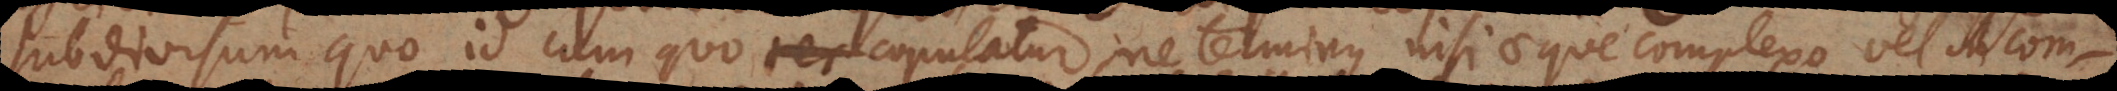
subdivisum quo id cum quo copulatur, ne terminus nisi aeque complexo vel incom